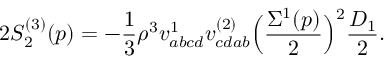
2 S _ { 2 } ^ { ( 3 ) } ( p ) = - \frac { 1 } { 3 } \rho ^ { 3 } v _ { a b c d } ^ { 1 } v _ { c d a b } ^ { ( 2 ) } \Bigl ( \frac { \Sigma ^ { 1 } ( p ) } { 2 } \Bigr ) ^ { 2 } \frac { D _ { 1 } } { 2 } .